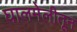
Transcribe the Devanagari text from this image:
घालमेलीतून